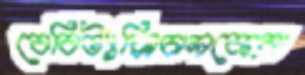
বেবিট্যাক্সিচালকেরা